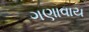
ગણાવાય